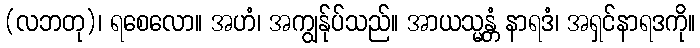
(လဘတု)၊ ရစေလော။ အဟံ၊ အကျွန်ုပ်သည်။ အာယသ္မန္တံ နာရဒံ၊ အရှင်နာရဒကို။